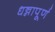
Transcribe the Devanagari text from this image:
धन्नापूर्ण